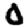
Digit: 0